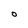
Character: 0